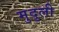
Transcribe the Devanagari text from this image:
मुदुली